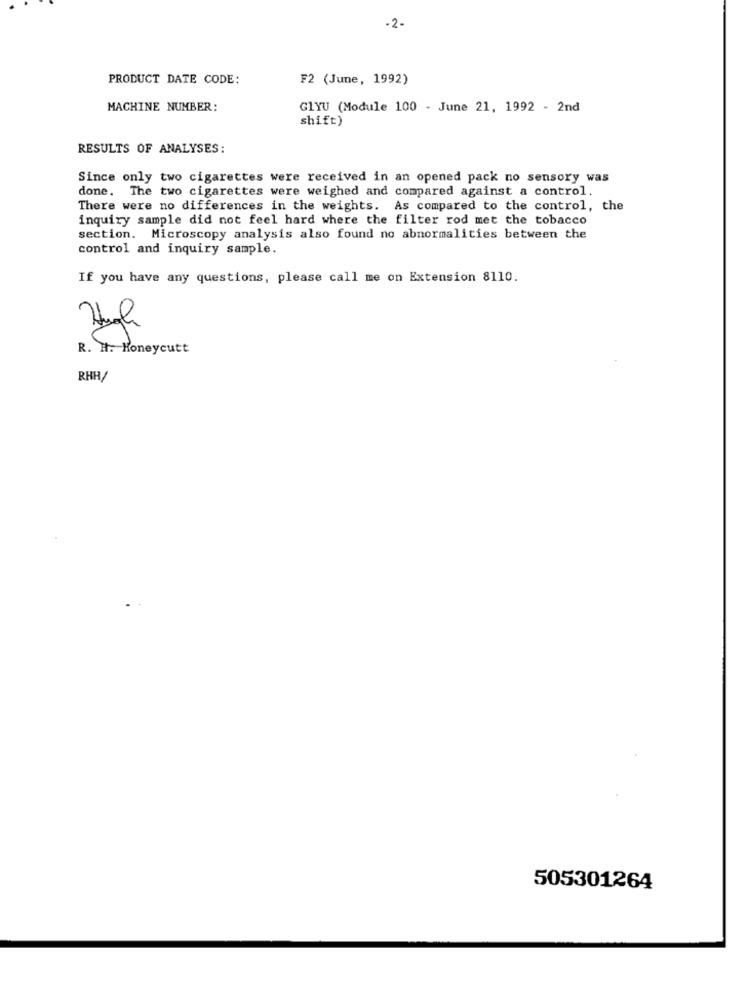
-2-
PRODUCT DATE CODE:
F2 (June, 1992)
MACHINE NUMBER:
G1YU (Module 100 - June 21, 1992 - 2nd
shift)
RESULTS OF ANALYSES:
Since only two cigarettes were received in an opened pack no sensory was
done. The two cigarettes were weighed and compared against a control.
There were no differences in the weights. As compared to the control, the
inquiry sample did not feel hard where the filter rod met the tobacco
section. Microscopy analysis also found no abnormalities between the
control and inquiry sample.
If you have any questions, please call me on Extension 8110.
R. H. Honeycutt
RHH/
505301264